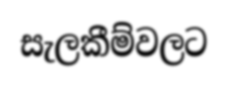
සැලකීම්වලට